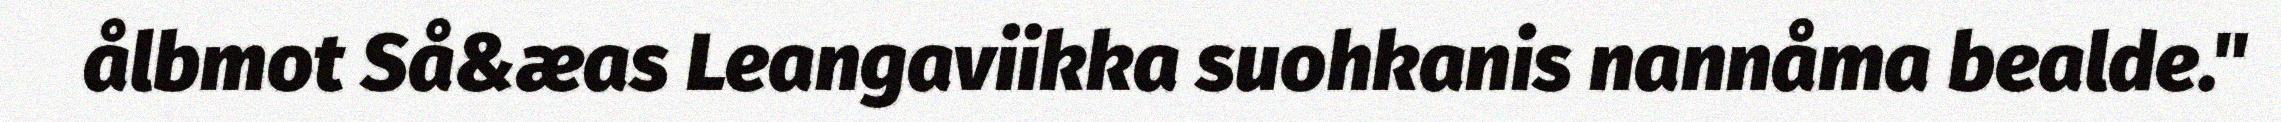
ålbmot Så&æas Leangaviikka suohkanis nannåma bealde."